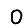
Digit: 0